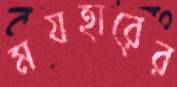
মযহারের